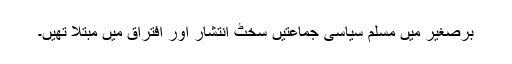
برّصغیر میں مسلم سیاسی جماعتیں سخٹ انتشار اور افتراق میں مبتلا تھیں۔